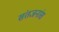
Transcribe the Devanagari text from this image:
संतजनांस